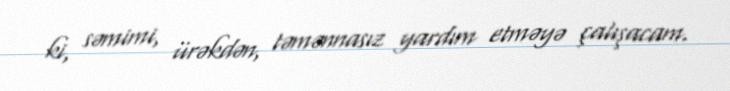
ki, səmimi, ürəkdən, təmənnasız yardım etməyə çalışacam.